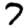
Digit: 7